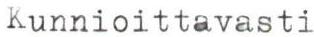
Kunnioittavasti